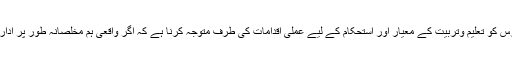
اس وقت ہماری ان معروضات کا اصل مقصد اپنے ہم مشرب اہل مدارس کو تعلیم وتربیت کے معیار اور استحکام کے لیے عملی اقدامات کی طرف متوجہ کرنا ہے کہ اگر واقعی ہم مخلصانہ طور پر ادارہ چلانا چاہتے ہیں تو ہمیں درجِ ذیل اُمور کو سنجیدگی سے اپنانا ہوگا۔